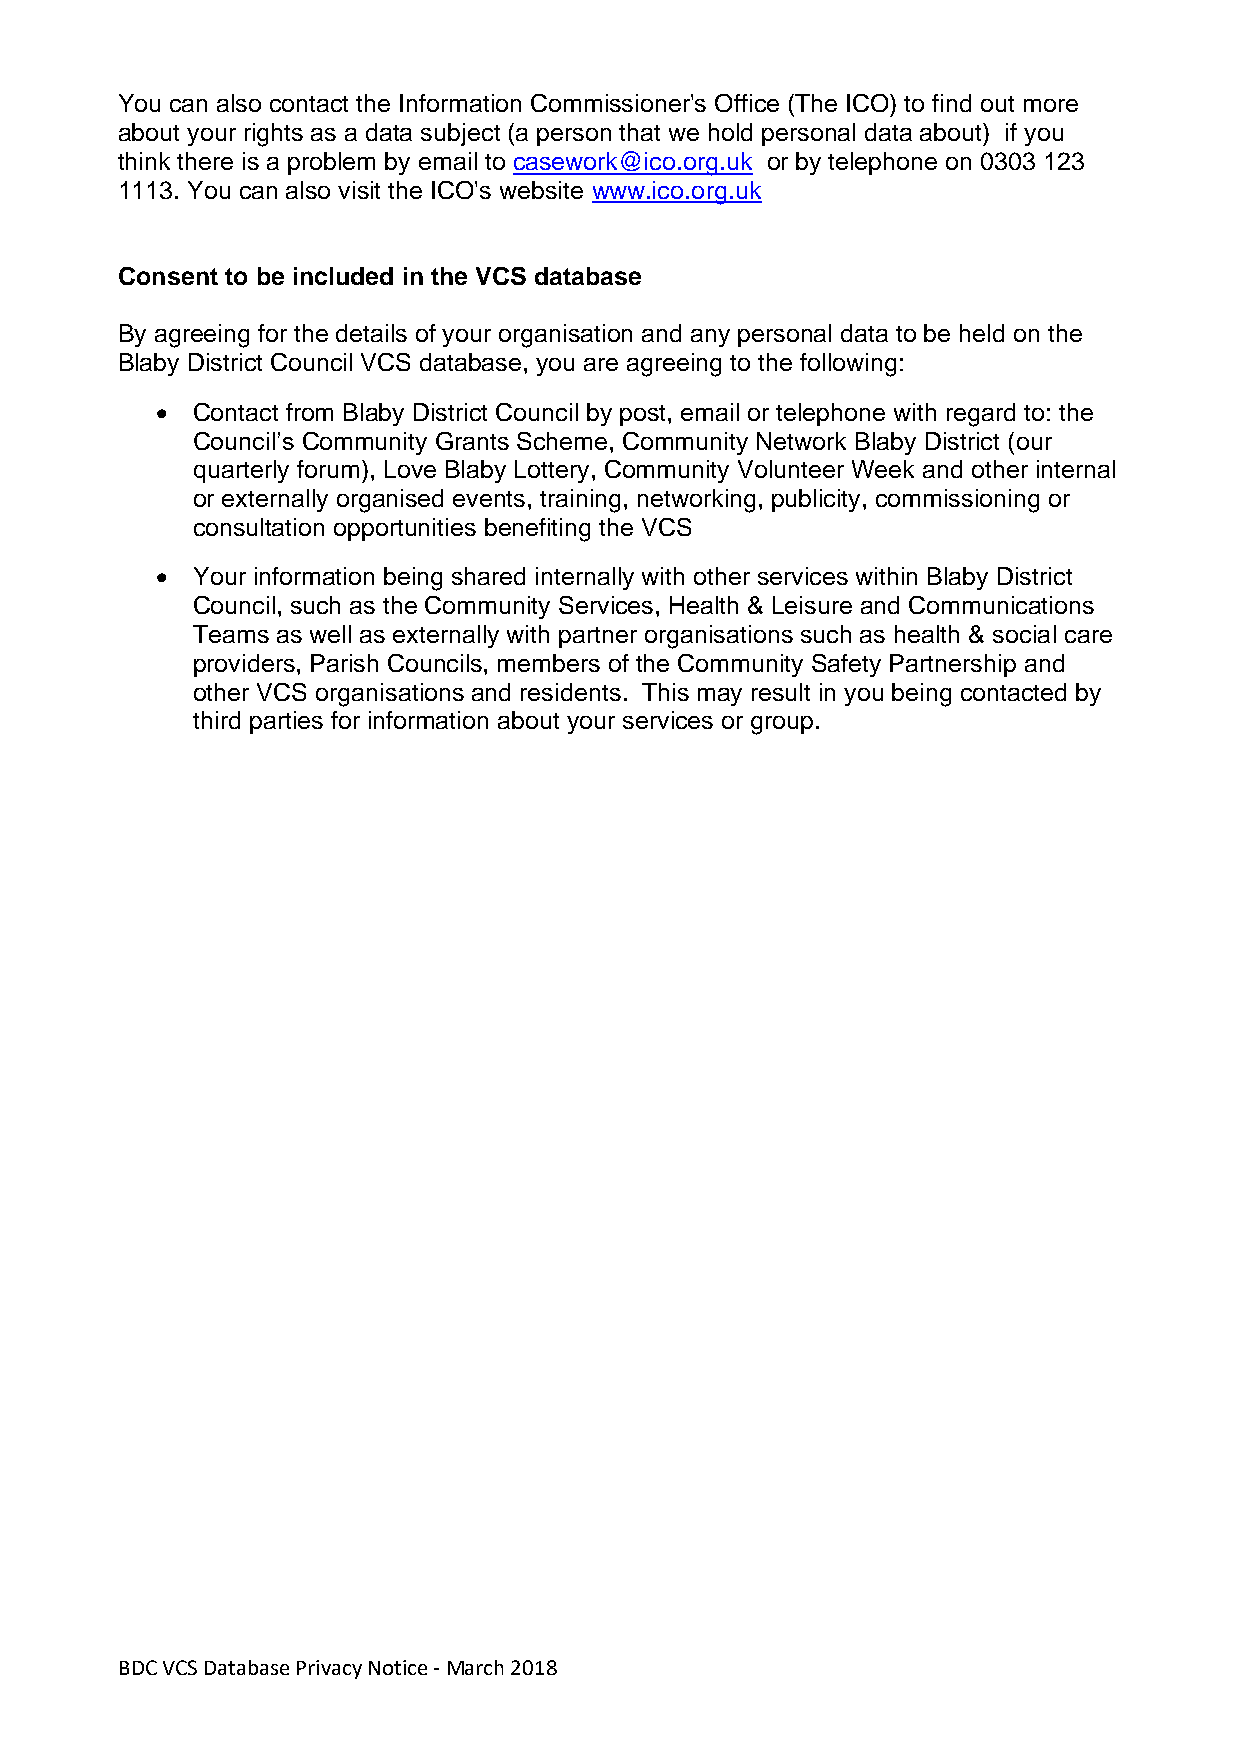
You can also contact the Information Commissioner's Office (The ICO) to find out more
 about your rights as a data subject (a person that we hold personal data about) if you
 think there is a problem by email to casework@ico.org.uk or by telephone on 0303 123
 1113. You can also visit the ICO's website www.ico.org.uk
 Consent to be included in the VCS database
 By agreeing for the details of your organisation and any personal data to be held on the
 Blaby District Council VCS database, you are agreeing to the following:
 •  Contact from Blaby District Council by post, email or telephone with regard to: the
 Council’s Community Grants Scheme, Community Network Blaby District (our
 quarterly forum), Love Blaby Lottery, Community Volunteer Week and other internal
 or externally organised events, training, networking, publicity, commissioning or
 consultation opportunities benefiting the VCS
 •  Your information being shared internally with other services within Blaby District
 Council, such as the Community Services, Health & Leisure and Communications
 Teams as well as externally with partner organisations such as health & social care
 providers, Parish Councils, members of the Community Safety Partnership and
 other VCS organisations and residents. This may result in you being contacted by
 third parties for information about your services or group.
 BDC VCS Database Privacy Notice - March 2018